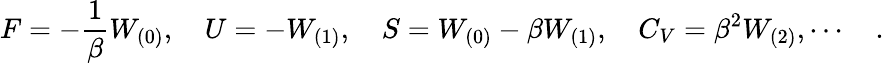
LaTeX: F=-{\frac{1}{\beta}}W_{(0)},\quad U=-W_{(1)},\quad S=W_{(0)}-\beta W_{(1)},\quad C_{V}=\beta^{2}W_{(2)},\cdots\quad.